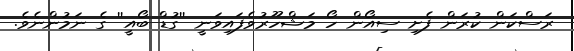
ރަސްކަން ކުރަން ފެށި ސިއޯން ހޯ މަޝްހޫރުވެފައިވަނީ ''ގުޑް ބޯއީ'' ގެ ނަމުންނެވެ.